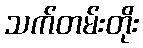
သက်တမ်းတိုး